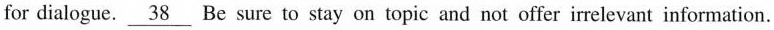
for dialogue. \underline{38}Be sure to stay on topic and not offer irrelevant information.